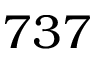
7 3 7